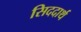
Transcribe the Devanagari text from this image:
सिददार्थ